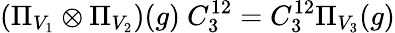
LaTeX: (\Pi_{V_{1}}\otimes\Pi_{V_{2}})(g)\ C_{3}^{12}=C_{3}^{12}\Pi_{V_{3}}(g)